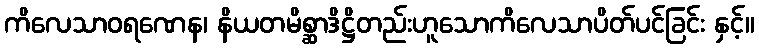
ကိလေသာဝရဏေန၊ နိယတမိစ္ဆာဒိဋ္ဌိတည်းဟူသောကိလေသာပိတ်ပင်ခြင်း နှင့်။